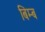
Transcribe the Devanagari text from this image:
बिम्‍ब